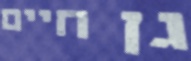
גן חיים